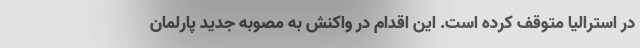
در استرالیا متوقف کرده است. این اقدام در واکنش به مصوبه جدید پارلمان